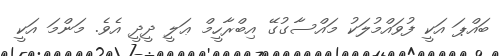
ބައްޕަ އަކީ ފުވައްމުލަކު މައްސާގުގޭ އިބްރާހީމް ޢަލީ ދީދީ އެވެ. މަންމަ އަކީ